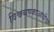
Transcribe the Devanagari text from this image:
विश्वचषकाआधीचा